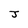
Character: J